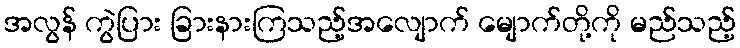
အလွန် ကွဲပြား ခြားနားကြသည့်အလျောက် မျောက်တို့ကို မည်သည့်